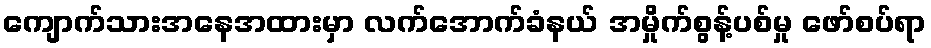
ကျောက်သားအနေအထားမှာ လက်အောက်ခံနယ် အမှိုက်စွန့်ပစ်မှု ဖော်စပ်ရာ